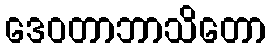
ဒေဝတာဘာသိတော